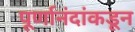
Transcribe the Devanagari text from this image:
पूर्णानंदांकडून